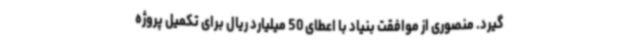
گیرد. منصوری از موافقت بنیاد با اعطای 50 میلیارد ریال برای تکمیل پروژه